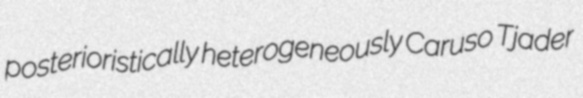
posterioristically heterogeneously Caruso Tjader